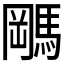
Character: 𬳭